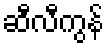
ဆီလီကွန်